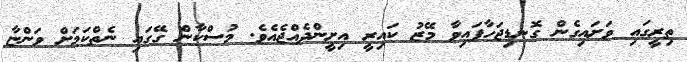
ތިރީގައި ވަށައިގެން ގޮނޑިޖަހާފައިވާ މޭޒު ކައިރީ އިށީންދެއްޖެއެވެ. މުސްކާން ގޭގައި ނެތްކަމަށް ވަންޏާ